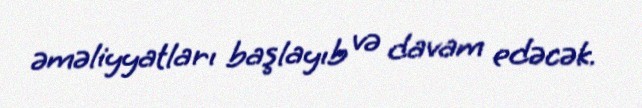
əməliyyatları başlayıb və davam edəcək.